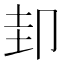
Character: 𭅶